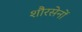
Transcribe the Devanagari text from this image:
शौरसेनों